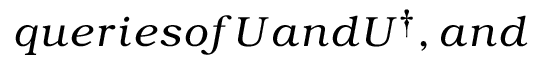
q u e r i e s o f U a n d U ^ { \dagger } , a n d